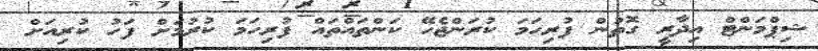
ޝިޕްމަންޓް އިދާރީ ގޮތުން ފުރިހަމަ ކުރަންޖެހޭ ކަންތައްތައް ފުރިހަމަ ކުރުމަށް ފަހު ކުރިއަށް